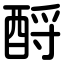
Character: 酹